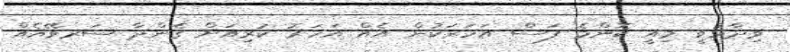
ވިދާޅުވީ މިއީ ކޮންމެ ފަސް އަހަރަކުން އެއް އަހަރު ކުރިއަށް ގެންދާ ސަރވޭއެއް